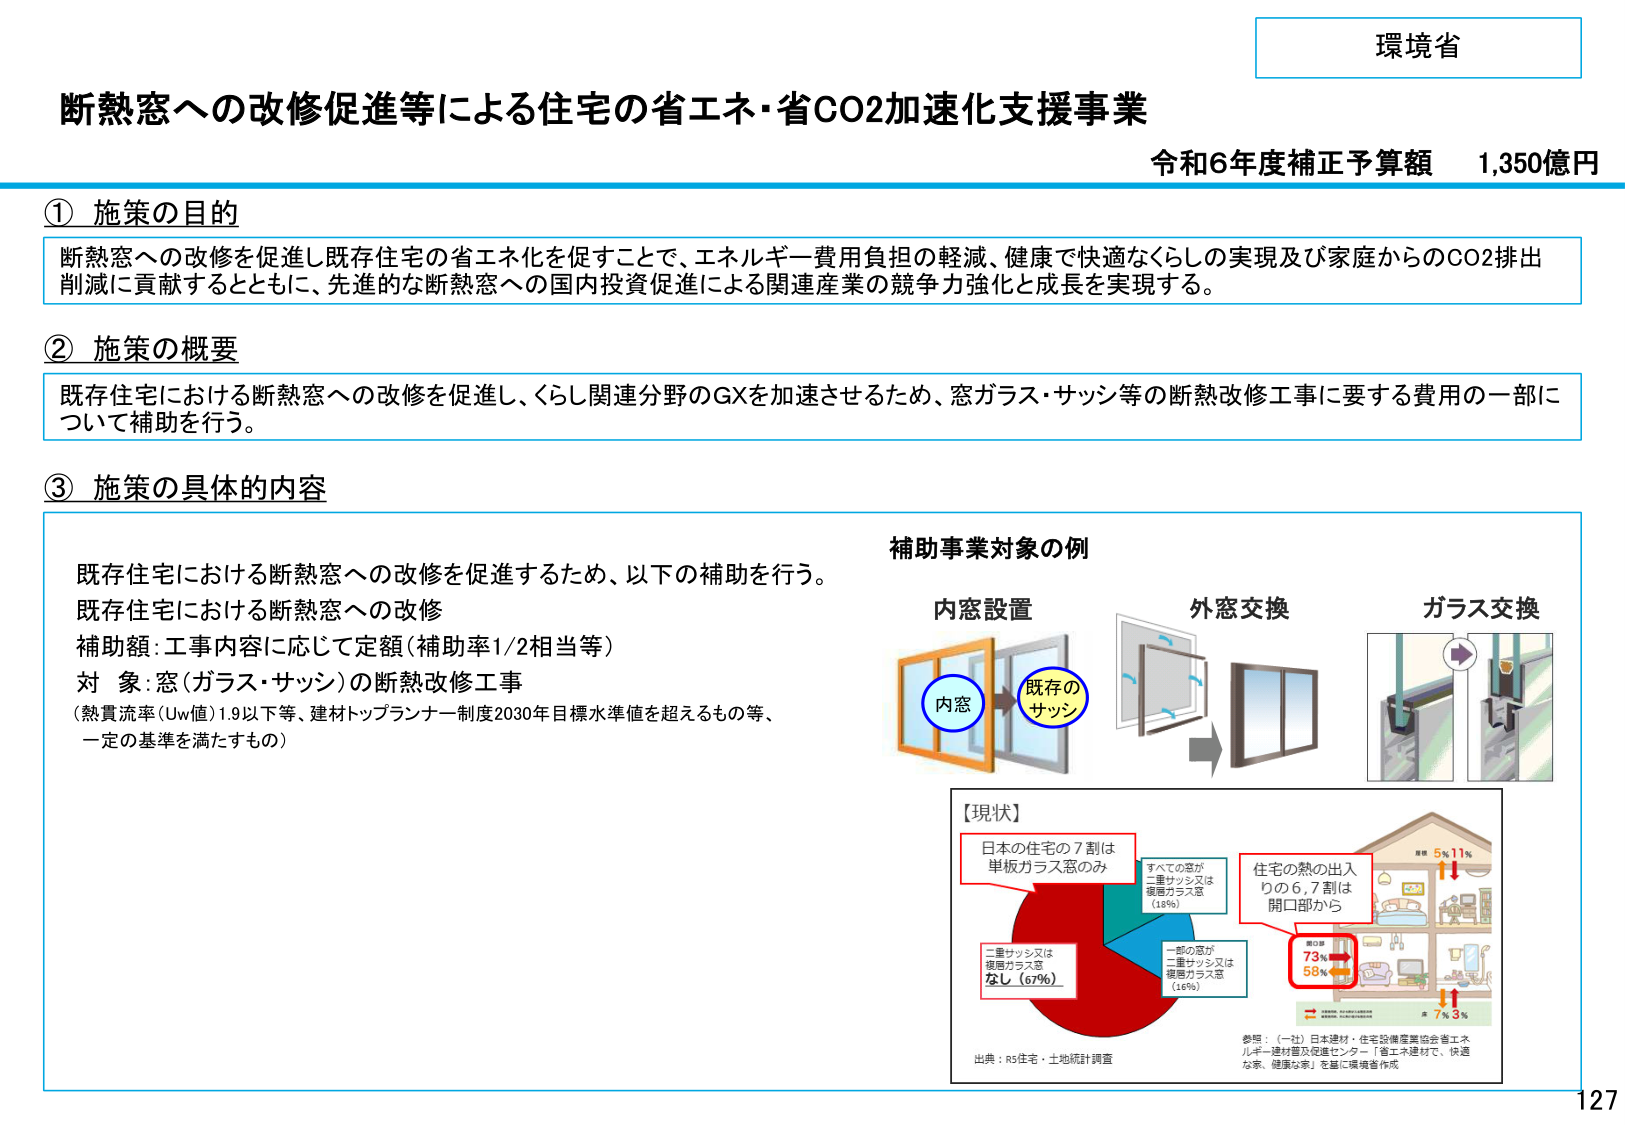
環境省

断熱窓への改修促進等による住宅の省エネ・省CO2加速化支援事業
令和6年度補正予算額 1,350億円

① 施策の目的
断熱窓への改修を促進し既存住宅の省エネ化を促すことで、エネルギー費用負担の軽減、健康で快適なくらしの実現及び家庭からのCO2排出削減に貢献するとともに、先進的な断熱窓への国内投資促進による関連産業の競争力強化と成長を実現する。

② 施策の概要
既存住宅における断熱窓への改修を促進し、くらし関連分野のGXを加速させるため、窓ガラス・サッシ等の断熱改修工事に要する費用の一部について補助を行う。

③ 施策の具体的内容
既存住宅における断熱窓への改修を促進するため、以下の補助を行う。
既存住宅における断熱窓への改修
補助額：工事内容に応じて定額（補助率1/2相当等）
対象：窓（ガラス・サッシ）の断熱改修工事
（熱貫流率（Uw値）1.9以下等、建材トップランナー制度2030年目標水準値を超えるもの等、一定の基準を満たすもの）

補助事業対象の例
内窓設置
外窓交換
ガラス交換

【現状】
日本の住宅の7割は単板ガラス窓のみ
すべての窓が二重サッシ又は複層ガラス窓（18%）
二重サッシは複層ガラス窓なし（67%）
一部の窓が二重サッシ又は複層ガラス窓（16%）
住宅の熱の出入りの6,7割は開口部から
開口部 73% 58%
屋根 5% 11%
床 7% 3%

出典：rs住宅・土地統計調査
参照：（一社）日本建材・住宅設備産業協会省エネルギー建材普及促進センター「省エネ建材で、快適な家、健康な家」を基に環境省作成

127